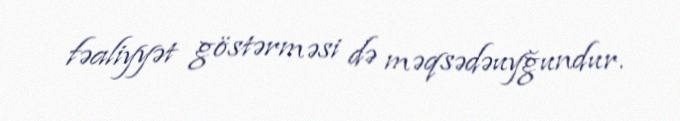
fəaliyyət göstərməsi də məqsədəuyğundur.